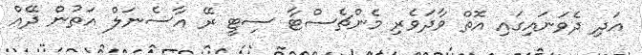
އަދި ދެވަނައިގައި އޮތް ވާދަވެރި މެންޗެސްޓާ ސިޓީ ރޭ އާސެނަލް އަތުން ދޭއް